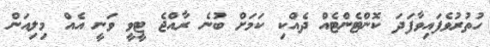
ހުތުރުވެފައިވާފަދަ ކޮންޓެންޓެއް ދެއްކި ކަމަށް ބުނެ ރާއްޖެ ޓީވީ ވަނީ އެއް މިލިއަން